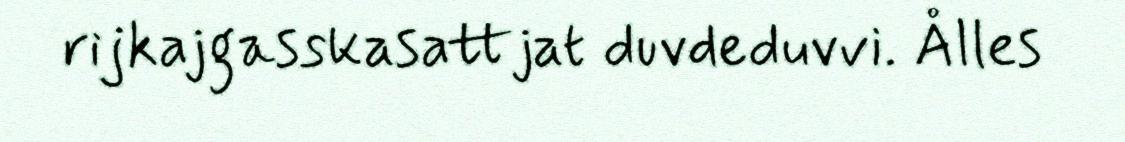
rijkajgasskasattjat duvdeduvvi. Ålles